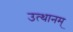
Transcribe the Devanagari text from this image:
उत्थानम्